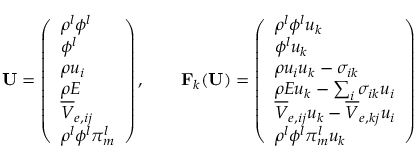
\mathbf { U } = \left( \begin{array} { l } { \rho ^ { l } \phi ^ { l } } \\ { \phi ^ { l } } \\ { \rho u _ { i } } \\ { \rho E } \\ { \overline { { V } } _ { e , i j } } \\ { \rho ^ { l } \phi ^ { l } \pi _ { m } ^ { l } } \end{array} \right) , \qquad \mathbf { F } _ { k } ( \mathbf { U } ) = \left( \begin{array} { l } { \rho ^ { l } \phi ^ { l } u _ { k } } \\ { \phi ^ { l } u _ { k } } \\ { \rho u _ { i } u _ { k } - \sigma _ { i k } } \\ { \rho E u _ { k } - \sum _ { i } \sigma _ { i k } u _ { i } } \\ { \overline { { V } } _ { e , i j } u _ { k } - \overline { { V } } _ { e , k j } u _ { i } } \\ { \rho ^ { l } \phi ^ { l } \pi _ { m } ^ { l } u _ { k } } \end{array} \right)